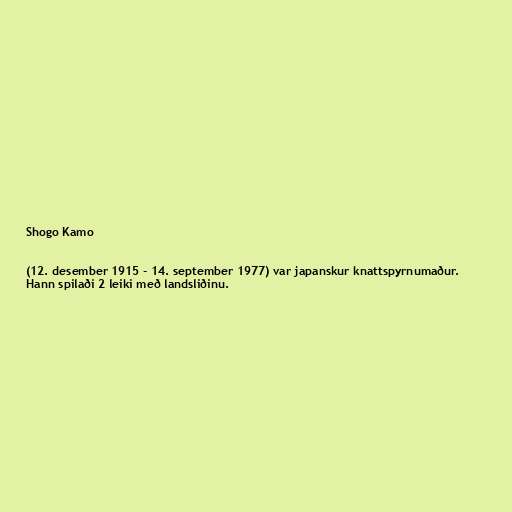
Shogo Kamo

(12. desember 1915 - 14. september 1977) var japanskur knattspyrnumaður.
Hann spilaði 2 leiki með landsliðinu.